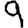
Digit: 9